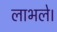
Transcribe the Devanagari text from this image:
लाभले।